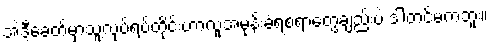
အဲဒီ့ခေတ်မှာသူ့လုပ်ရပ်တိုင်းဟာလူအမုန်းခံရစရာတွေချည်းပဲ ဒါတင်မကဘူး။